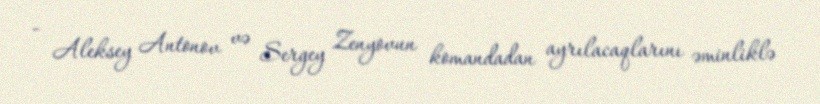
- Aleksey Antonov və Sergey Zenyovun komandadan ayrılacaqlarını əminliklə